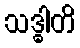
သဒ္ဓါတိ